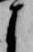
よ